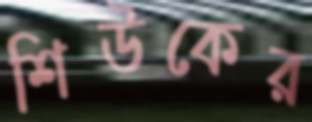
শিউকের